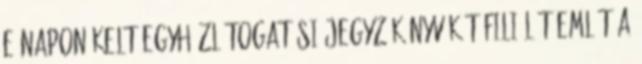
e napon kelt Egyházlátogatási Jegyzőkönyv két filiálét említ a